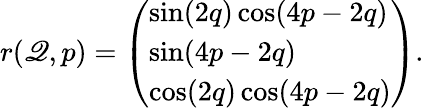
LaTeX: r(\mathscr{Q},p)=\left(\begin{array}{l}{\sin(2q)\cos(4p-2q)}\\ {\sin(4p-2q)}\\ {\cos(2q)\cos(4p-2q)}\end{array}\right).